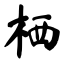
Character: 栖